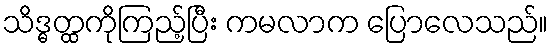
သိဒ္ဓတ္ထကိုကြည့်ပြီး ကမလာက ပြောလေသည်။